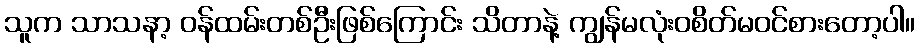
သူက သာသနာ့ ဝန်ထမ်းတစ်ဦးဖြစ်ကြောင်း သိတာနဲ့ ကျွန်မလုံးဝစိတ်မဝင်စားတော့ပါ။